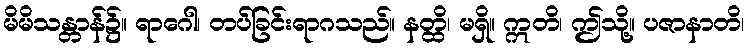
မိမိသန္တာန်၌။ ရာဂေါ၊ တပ်ခြင်းရာဂသည်။ နတ္ထိ၊ မရှိ။ ဣတိ၊ ဤသို့။ ပဇာနာတိ၊